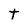
Character: t